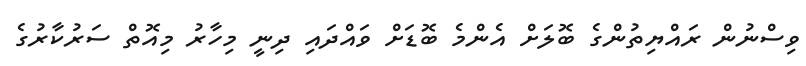
ވިސްނުން ރައްޔިިތުންގެ ބޮލަށް އެންމެ ބޮޑަށް ވައްދައި ދިނީ މިހާރު މިއޮތް ސަރުކާރުގެ